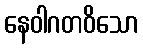
နေဝါဂတဝိသော